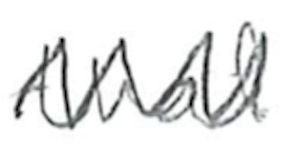
Text: that
Cross-out: zig-zag
Writing tool: pencil